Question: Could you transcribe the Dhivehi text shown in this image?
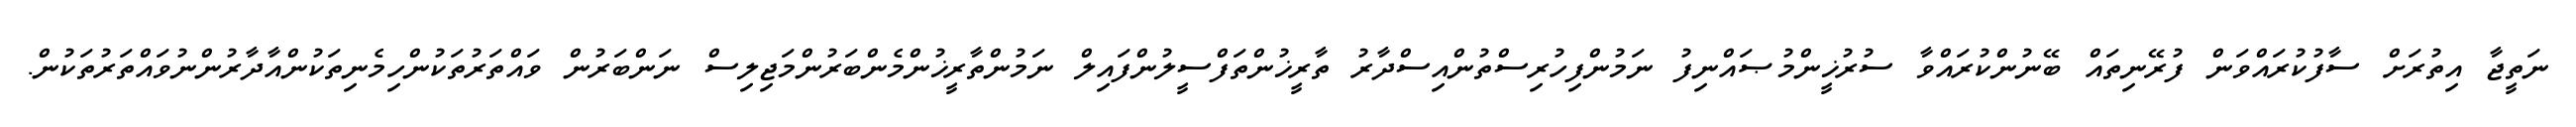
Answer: ނަތީޖާ އިތުރަށް ސާފުކުރައްވަން ފުރޭނިތައް ބޭނުންކުރައްވާ ސުރުޚީންމުޞައްނިފު ނަމުންފިހުރިސްތުންއިސްދާރު ތާރީޚުންތަފްސީލުންފައިލް ނަމުންތާރީޚުންމެންބަރުންމަޖިލިސް ނަންބަރުން ވައްތަރުތަކުންހިމެނިތަކުންއާދާރުންނުވައްތަރުތަކުން.